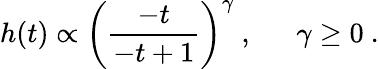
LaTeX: h(t)\propto\left(\frac{-t}{-t+1}\right)^{\gamma}~,\mathrm{~~~~~~}\gamma\geq 0~.